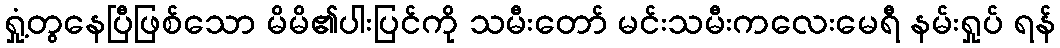
ရှုံ့တွနေပြီဖြစ်သော မိမိ၏ပါးပြင်ကို သမီးတော် မင်းသမီးကလေးမေရီ နမ်းရှုပ် ရန်